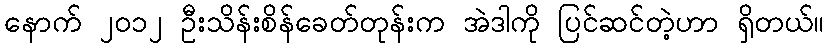
နောက် ၂၀၁၂ ဦးသိန်းစိန်ခေတ်တုန်းက အဲဒါကို ပြင်ဆင်တဲ့ဟာ ရှိတယ်။